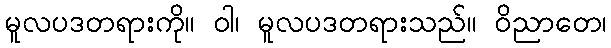
မူလပဒတရားကို။ ဝါ၊ မူလပဒတရားသည်။ ဝိညာတေ၊